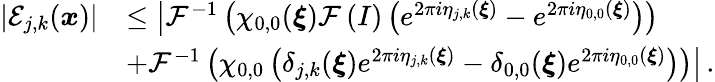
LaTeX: \begin{array}{rl}{\left\vert\mathcal{E}_{j,k}(\boldsymbol{x})\right\vert}&{\leq\big\vert\mathcal{F}^{-1}\left(\chi_{0,0}(\boldsymbol{\xi})\mathcal{F}\left(I\right)\left(e^{2\pi i\eta_{j,k}(\boldsymbol{\xi})}-e^{2\pi i\eta_{0,0}(\boldsymbol{\xi})}\right)\right)}\\ {\qquad}&{+\mathcal{F}^{-1}\left(\chi_{0,0}\left(\delta_{j,k}(\boldsymbol{\xi})e^{2\pi i\eta_{j,k}(\boldsymbol{\xi})}-\delta_{0,0}(\boldsymbol{\xi})e^{2\pi i\eta_{0,0}(\boldsymbol{\xi})}\right)\right)\big\vert\, .}\end{array}